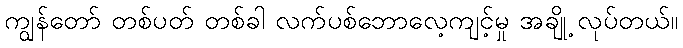
ကျွန်တော် တစ်ပတ် တစ်ခါ လက်ပစ်ဘောလေ့ကျင့်မှု အချို့ လုပ်တယ်။